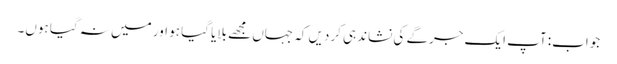
جواب: آپ ایک جرگے کی نشاندہی کردیں کہ جہاں مجھے بلایا گیا ہو اور میں نہ گیا ہوں۔